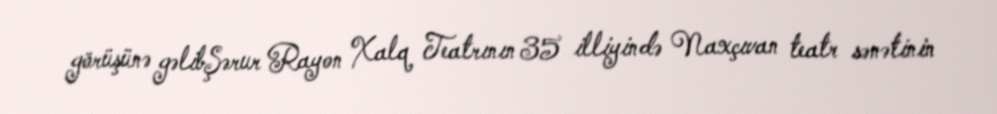
görüşünə gəlibŞərur Rayon Xalq Teatrının 35 illiyində Naxçıvan teatr sənətinin